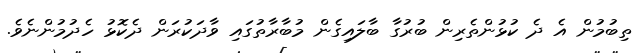
ތިބުމުން އެ ދެ ކުޅުންތެރިން ބުރުގާ ބާލައިގެން މުބާރާތުގައި ވާދަކުރަން ދެކޮޅު ހެދުމުންނެވެ.